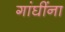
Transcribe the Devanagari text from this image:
गांघींना